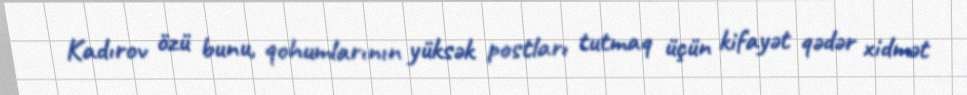
Kadırov özü bunu, qohumlarının yüksək postları tutmaq üçün kifayət qədər xidmət